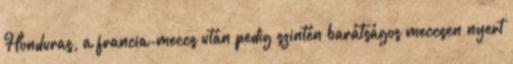
Honduras, a francia-meccs után pedig szintén barátságos meccsen nyert